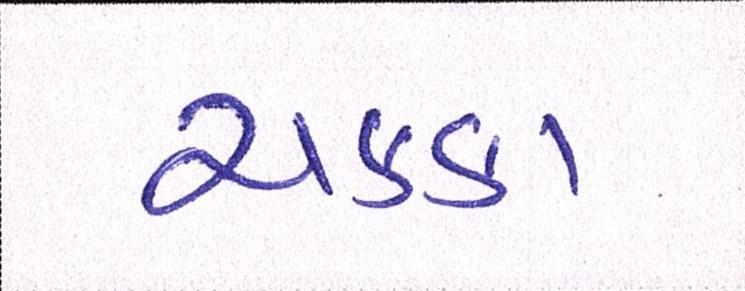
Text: ચક્કા